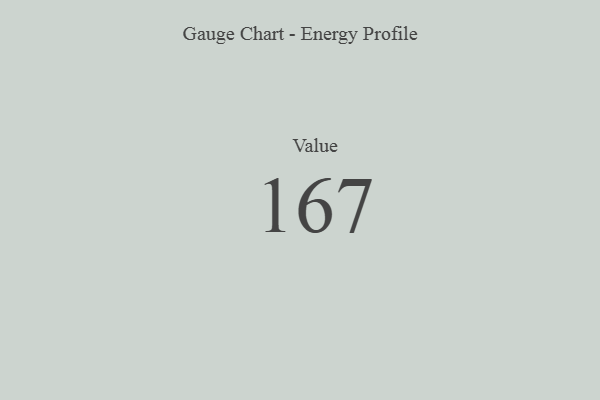
{"axis": {"x": "Metric", "y": "Value"}, "legend": [""], "data": [{"x": "Value", "y": 167, "type": ""}]}